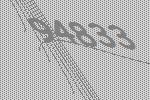
94833